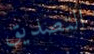
التصديق